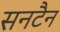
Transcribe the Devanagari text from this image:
सनटैन